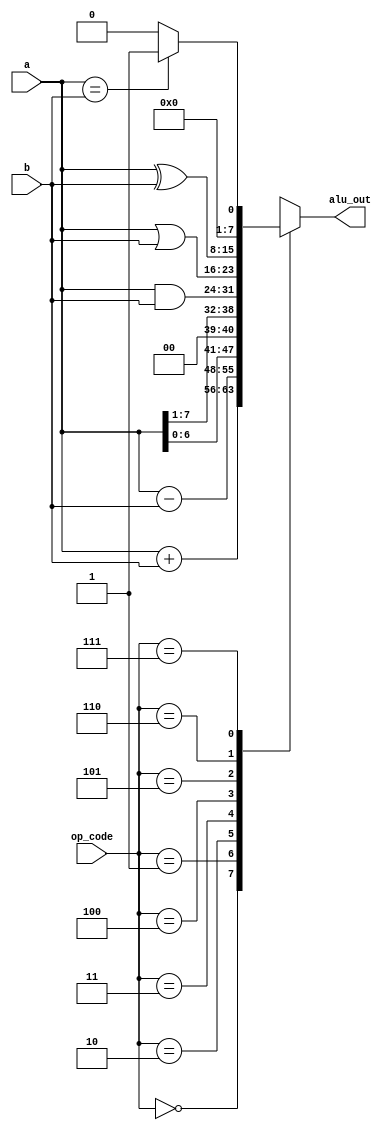
//Part 4 
//a simple ALU

module ALU(alu_out, a, b, op_code);
	
	input [7:0]a, b;
	input [2:0]op_code;

	output reg [7:0]alu_out;

	//the operation codes
	parameter ADD = 3'b000,
		SUB = 3'b001,
		SLL = 3'b010,
		SRL = 3'b011,
		AND = 3'b100,
		OR = 3'b101,
		XOR = 3'b110,
		EQL = 3'b111;
	
	reg carry;

	
	//assinging actions according to op-code
	always@(*) begin
		case(op_code)
			ADD: {carry, alu_out} = a+b;
			SUB: alu_out = a - b;
			SLL: alu_out = a << 1;
			SRL: alu_out = a >> 1;
			AND: alu_out = a & b;
			OR: alu_out = a | b;
			XOR: alu_out = a ^ b;
			EQL: alu_out = (a==b) ? 8'd1: 8'd0;
		endcase
	end

endmodule